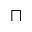
\sqcap